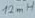
Text: 12m